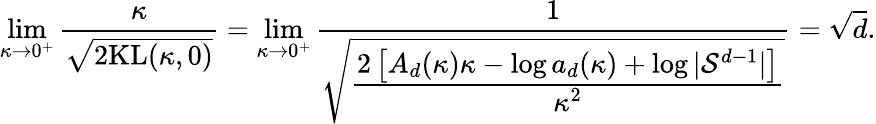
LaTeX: \operatorname*{lim}_{\kappa\rightarrow 0^{+}}\frac{\kappa}{\sqrt{2\mathrm{KL}(\kappa,0)}}=\operatorname*{lim}_{\kappa\rightarrow 0^{+}}\frac{1}{\sqrt{\cfrac{2\left[A_{d}(\kappa)\kappa-\log a_{d}(\kappa)+\log|\mathcal{S}^{d-1}|\right]}{\kappa^{2}}}}=\sqrt{d}.